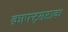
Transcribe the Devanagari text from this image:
क्राफ्ट्सटाक